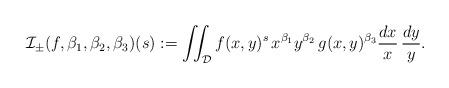
LaTeX: \begin{align*}\mathcal{I}_\pm(f,\beta_1,\beta_2,\beta_3)(s):=\int\!\!\!\int_{\mathcal{D}} f(x,y)^s\, x^{\beta_1} y^{\beta_2}\, g(x,y)^{\beta_3}\frac{dx}{x}\, \frac{dy}{y}.\end{align*}